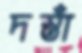
দস্তাঁ